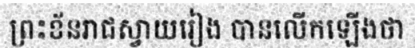
ព្រះខ័នរាជស្វាយរៀង បានលើកឡើងថា